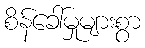
စိန်ခေါ်မှုများစွာ